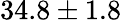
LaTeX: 34.8\pm 1.8